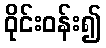
ဝိုင်းဝန်း၍